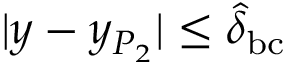
| y - y _ { P _ { 2 } } | \leq \hat { \delta } _ { \mathrm { b c } }